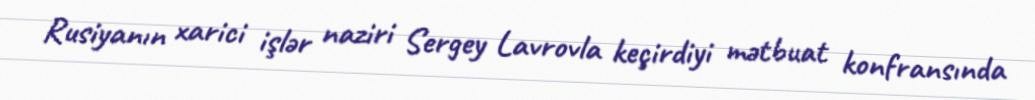
Rusiyanın xarici işlər naziri Sergey Lavrovla keçirdiyi mətbuat konfransında